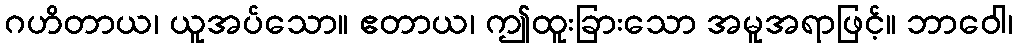
ဂဟိတာယ၊ ယူအပ်သော။ ဧတာယ၊ ဤထူးခြားသော အမူအရာဖြင့်။ ဘာဝေါ၊